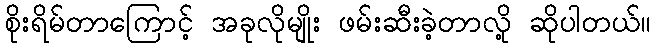
စိုးရိမ်တာကြောင့် အခုလိုမျိုး ဖမ်းဆီးခဲ့တာလို့ ဆိုပါတယ်။